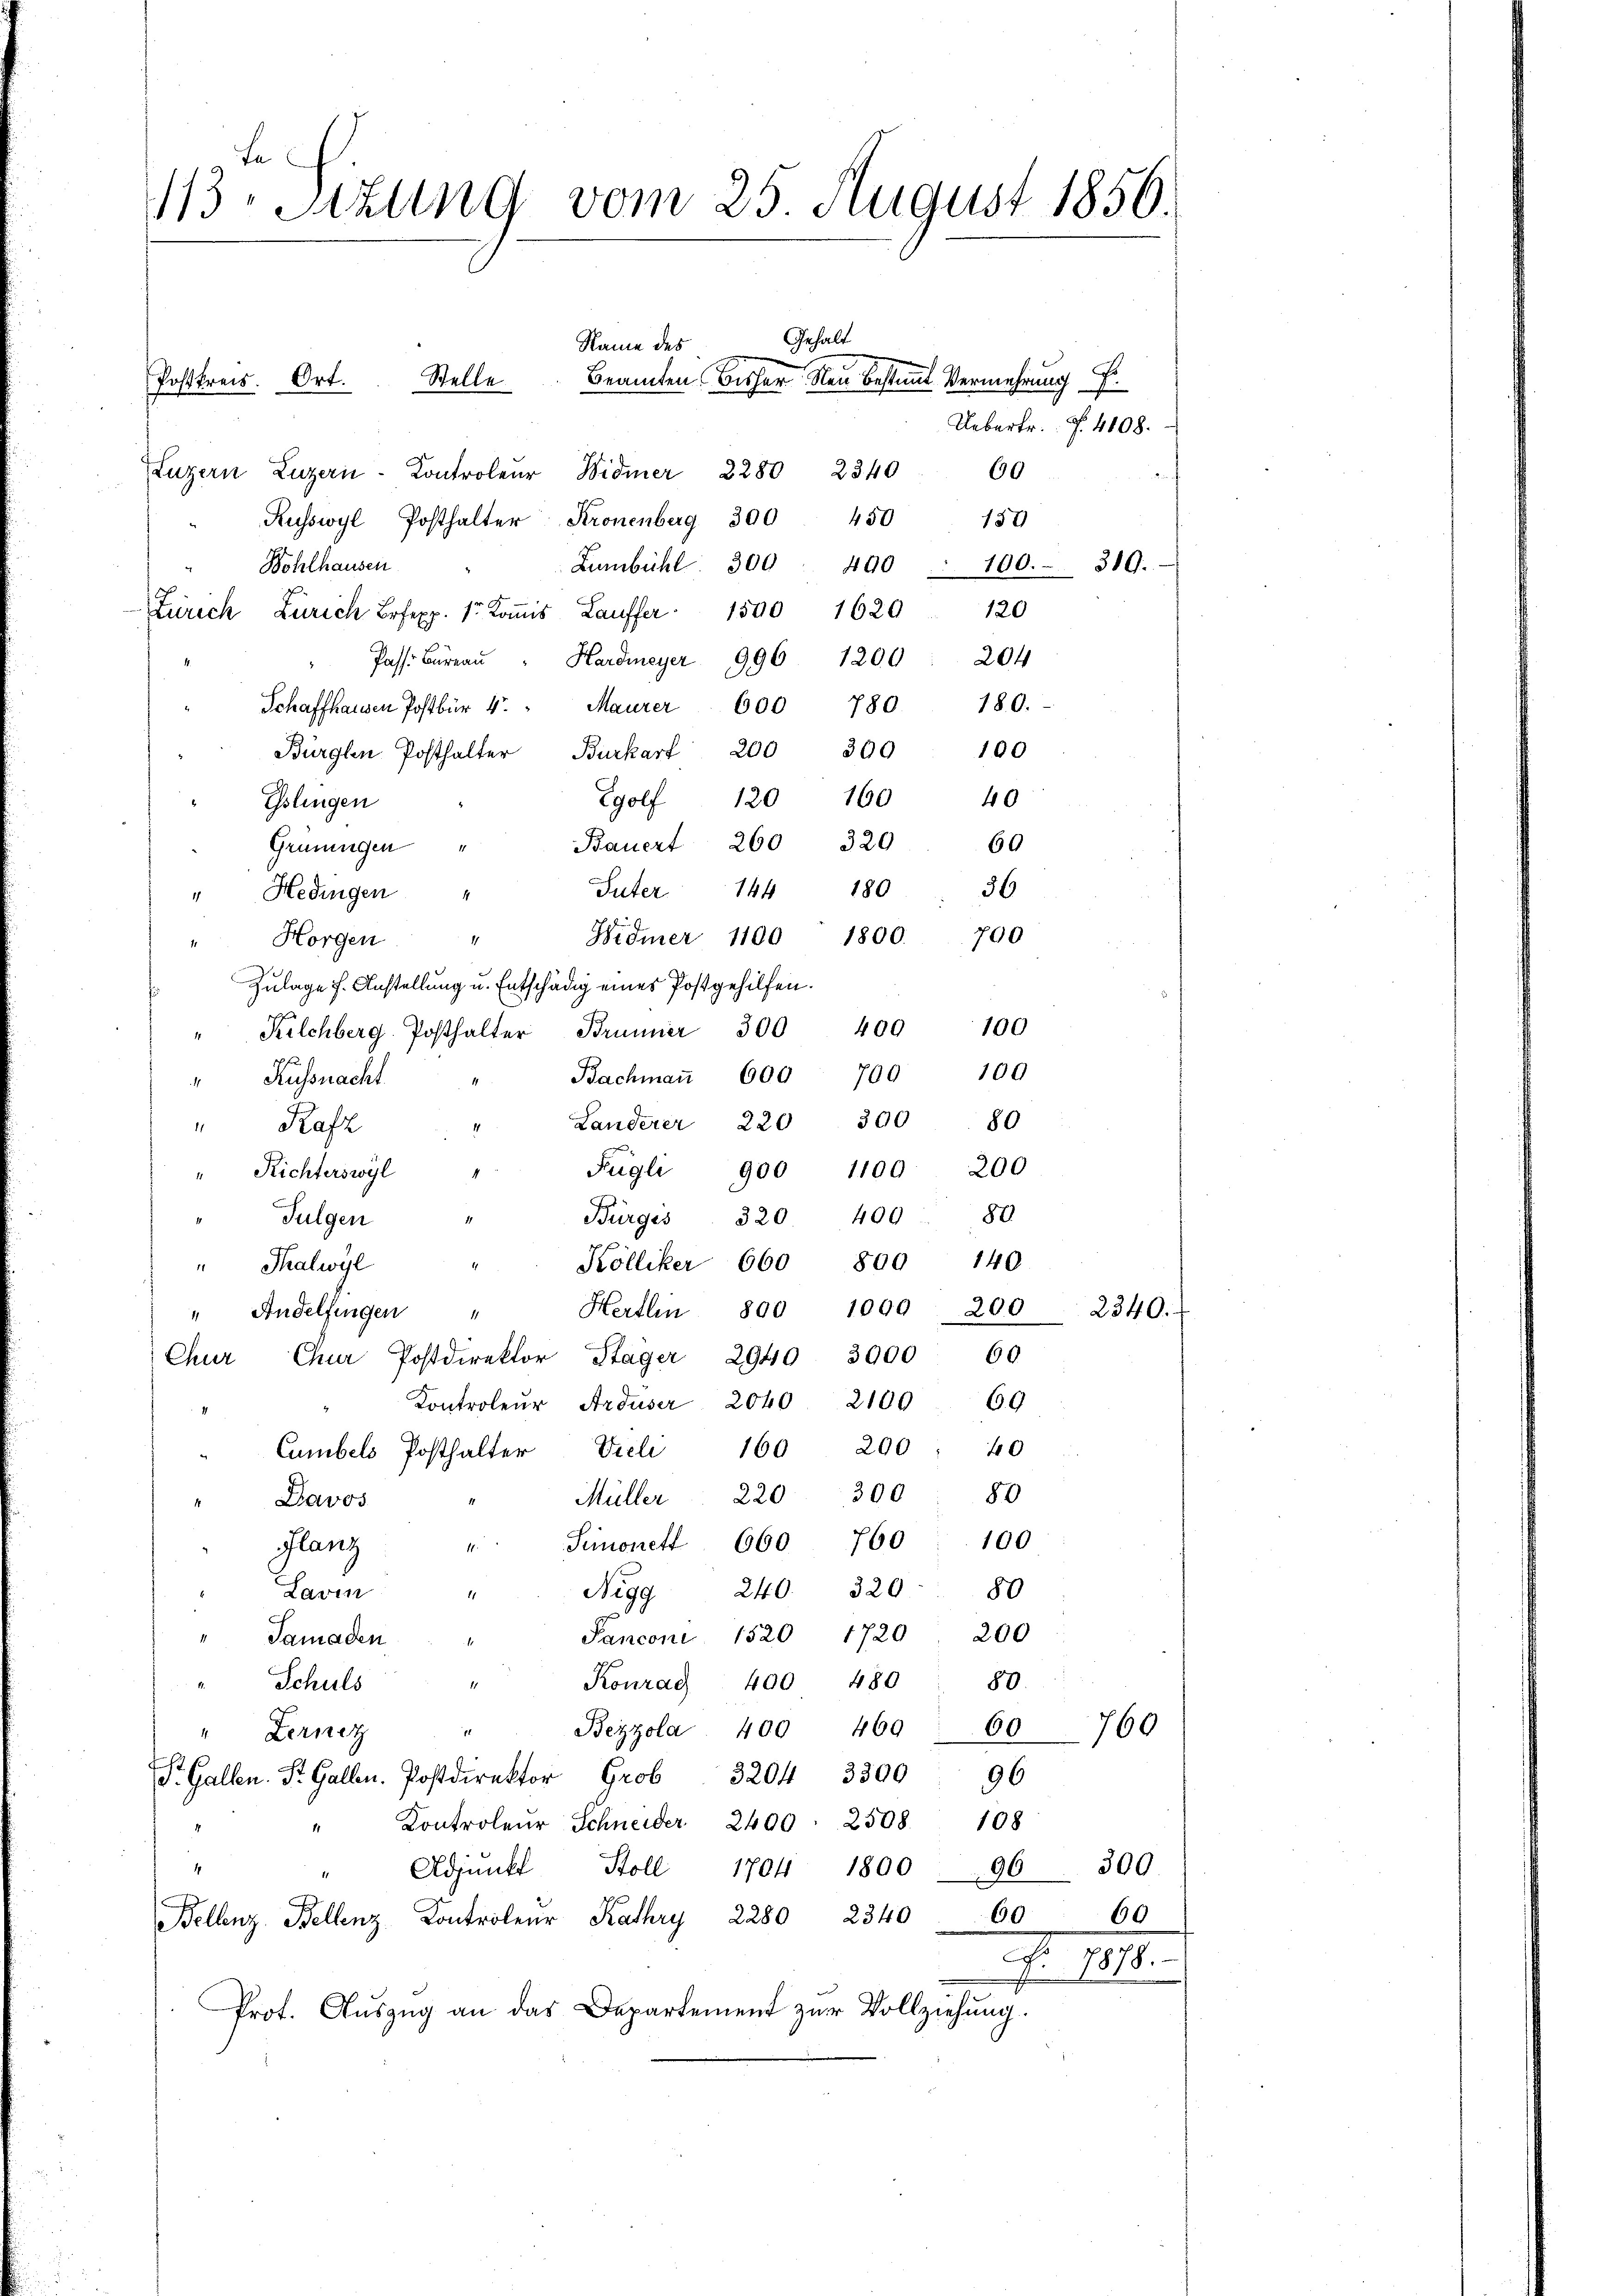
Le
113 Stzung vom 25. August 1856

Luzern Luzern Kontroleur Widmer 2280234060
Kusswyl Posthalter Kronenberg 390 450
Lumbühl 300 490
Wohlhausen
Zürich Zürich Bexp. 1. Koṁis Lauffer 1590 1620 120
Hardmeyer 996 1200 " 204
Pass. Büreau
Maurer 600 780. 180.
Schaffhausen Postbür 4.
Bürglen Posthalter Burkart 200 300
Egolf 120
Esslingen
Bauert 260 320 60
Grüningen
Suter 144 180
" Hedingen
Hidmer 1100 1800. 700
Horgen "
Zulage f. Anstellung u. Entschädig eines Postgehilfen.
Kilchberg. Posthalter Brunner 300 400
" Küssnacht
" Rafz
Fügli 900 1100 200
" Richterswyl
Bürgis. 320 400 80
Fulgen
" Kölliker 660 809 140.
"Thalwyl
" Andelfingen " Hertlin 800 1009 200
Chur, Chur Postdirektor Stager 2940 3900
Kontroleŭr Arduser 2040 2100
200 : 40
160
Cumbels Posthalter Vieli
300
Müller  220
Davos
Simonett 660 760
Glanz
11.
Nigg 240. 320. 80
Lavin
Panconi. 1520 1720 200
"Tamaden
Konrad 400 480
Schuls
Bezzola. 400 460 60
Lernez
S. Gallen. St. Gallen. Postdirektor Gr 32043300
" Kontroleur Schneider 2400. 2508. 108
4
Adjunkt
Stoll 1704 1800
1
Bellenz, Bellenz Kontroler Kathry 2280 234060
Prot. Auszug an das Departement zur Vollziehung.

Gehalt
Name des
Postkreis. Ort. Stelle Beamten Bisher Neu bestimmt Vermehrung Er

Bachmaṅ 600
Landerer 220 300 80

160
40
36
100
100
700

Uebertr. f. 4108.
159
100. 319.

100

60
60
80
100

96300

2340.

0

80.
760
96